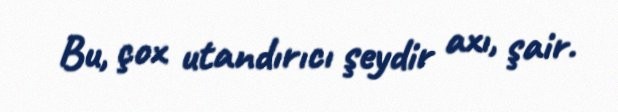
Bu, çox utandırıcı şeydir axı, şair.